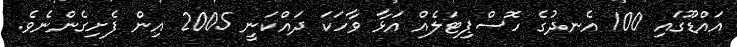
އައްޑޫގައި 100 އެނދުގެ ހޮސްޕިޓަލެއް އަޅާ ވާހަކަ ދައްކަނީ 2005 އިން ފެށިގެންނެވެ.